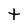
Character: t